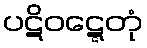
ပဋိဝဋ္ဋေတုံ